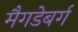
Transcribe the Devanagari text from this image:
मैगडेबर्ग